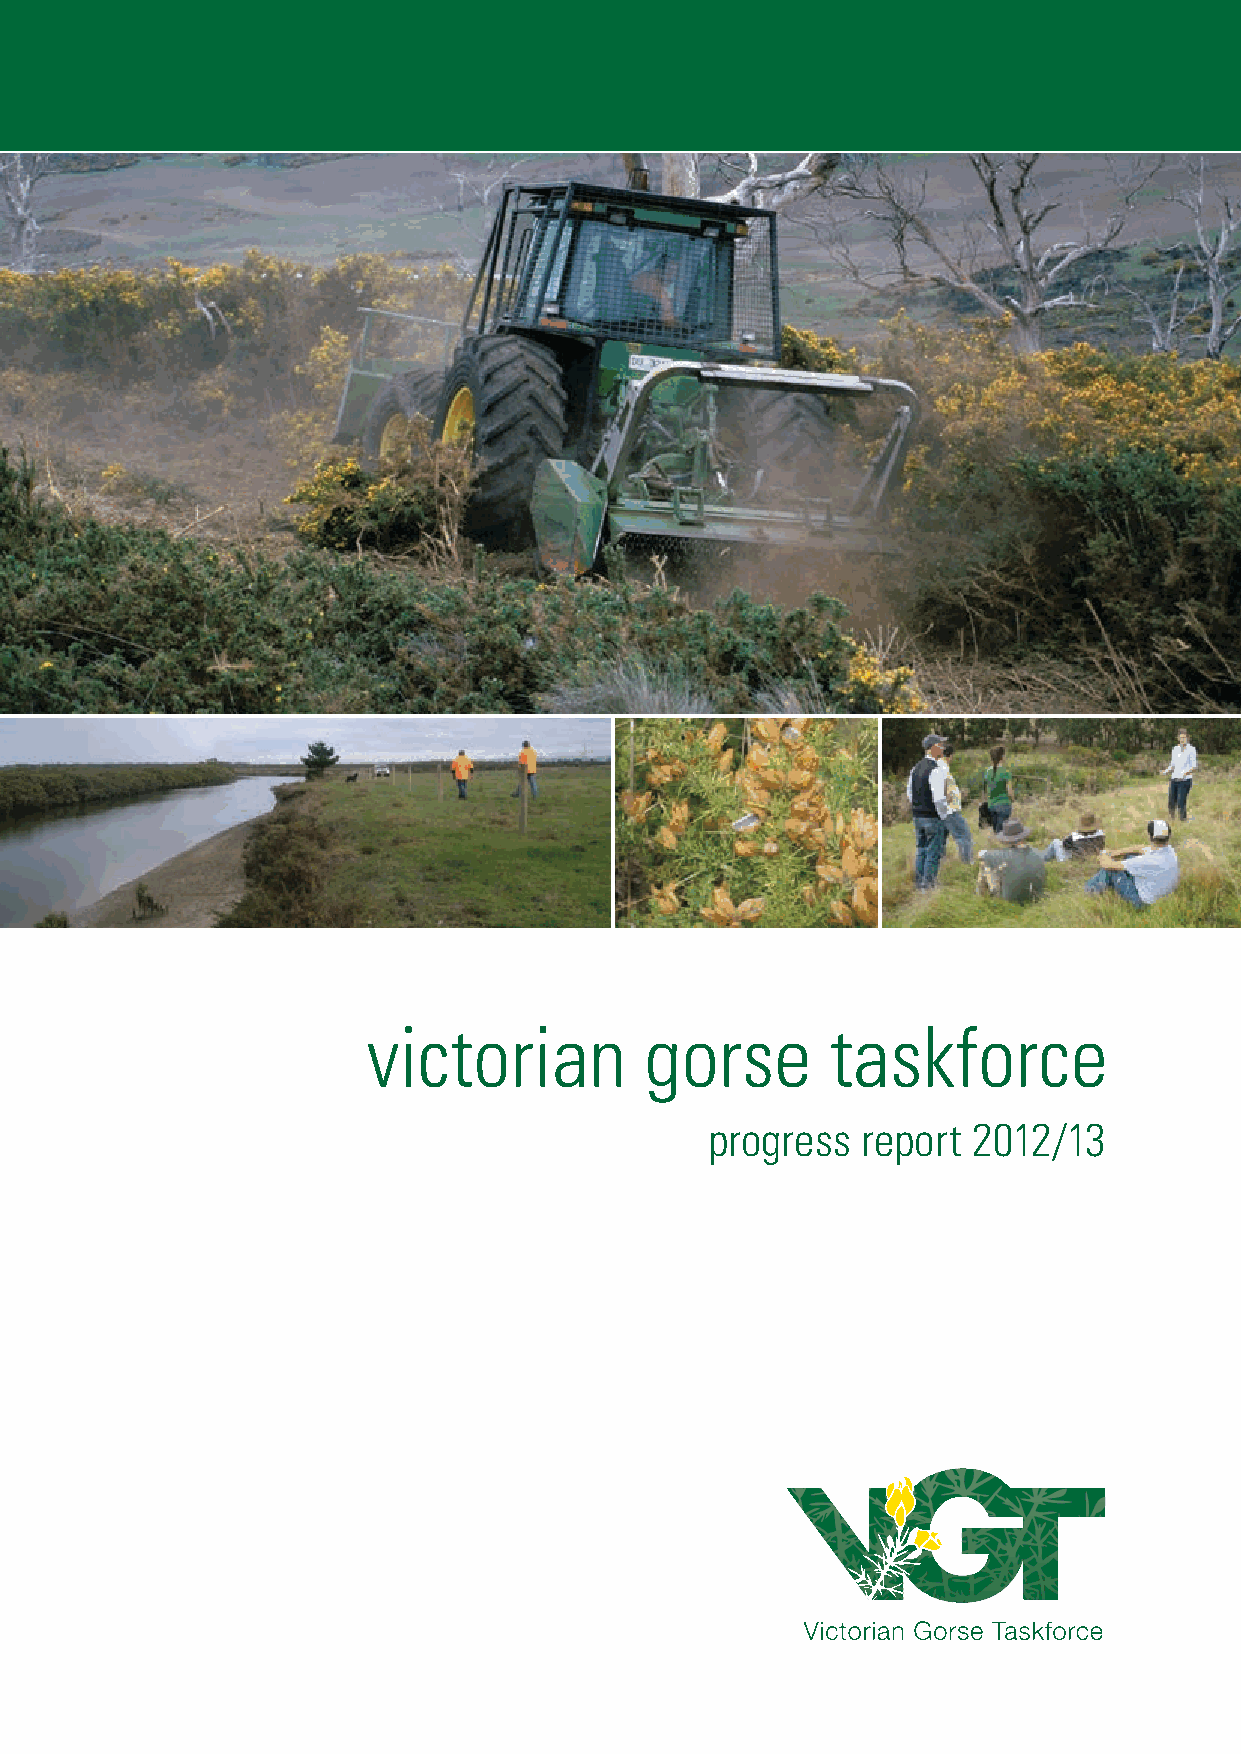
victorian          gorse       taskforce
 progress  report 2012/13